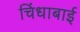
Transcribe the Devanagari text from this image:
चिंधाबाई